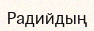
Радийдың